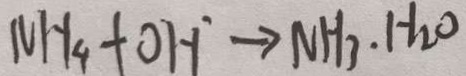
N H _ { 4 } + O H ^ { \cdot } \rightarrow N H _ { 3 } \cdot H _ { 2 } O